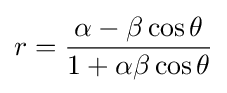
r={\frac {\alpha -\beta \cos \theta }{1+\alpha \beta \cos \theta }}